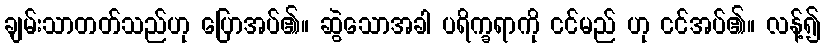
ချမ်းသာတတ်သည်ဟု ပြောအပ်၏။ ဆွဲသောအခါ ပရိက္ခရာကို ငင်မည် ဟု ငင်အပ်၏။ လန့်၍